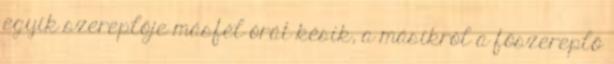
egyik szereplője másfél órát késik, a másikról a főszereplő